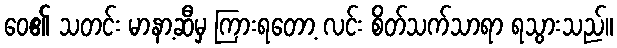
ဝေ၏ သတင်း မာနာ့ဆီမှ ကြားရတော့ လင်း စိတ်သက်သာရာ ရသွားသည်။